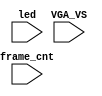
`timescale 1ns/1ps

module mist_dump(
    input           VGA_VS,
    input           led,
    input   [31:0]  frame_cnt
);

`ifdef DUMP
`ifndef NCVERILOG // iVerilog:
    initial begin
        // #(200*100*1000*1000);
        $display("iverilog: DUMP enabled");
        $dumpfile("test.lxt");
    end
    `ifdef LOADROM
    //always @(negedge led) if( $time > 20000 ) begin // led = downloading signal
    initial begin
        $display("iverilog: DUMP starts");
        $dumpvars(1,mist_test.UUT.u_game);
        $dumpvars(1,mist_test.UUT.u_game.u_dwnld);
        $dumpon;
    end
    `else
        `ifdef DUMP_START
        always @(negedge VGA_VS) if( frame_cnt==`DUMP_START ) begin
        `else
            initial begin
        `endif
            $display("DUMP starts");
            `ifdef DEEPDUMP
                $dumpvars(0,mist_test);
            `else
                $dumpvars(1,mist_test.UUT.u_game.u_main);
                $dumpvars(1,mist_test.UUT.u_game.u_sdram);
                $dumpvars(1,mist_test.UUT.u_game.u_sdram.u_dwnld);
                //$dumpvars(1,mist_test.UUT.u_game.u_sound);
                //$dumpvars(1,mist_test.UUT.u_game.u_video);
                $dumpvars(1,mist_test.frame_cnt);
            `endif
            $dumpon;
        end
    `endif
`else // NCVERILOG
    `ifdef DUMP_START
    always @(negedge VGA_VS) if( frame_cnt==`DUMP_START ) begin
    `else
    initial begin
    `endif
        $shm_open("test.shm");
        `ifdef DEEPDUMP
            $display("NC Verilog: will dump all signals");
            $shm_probe(mist_test,"AS");
        `else
            $display("NC Verilog: will dump selected signals");
            $shm_probe(frame_cnt);
            $shm_probe(UUT.u_game,"A");
            $shm_probe(UUT.u_game.u_main,"A");
            $shm_probe(UUT.u_game.u_sdram,"A");
            $shm_probe(UUT.u_game.u_sdram.u_dwnld,"A");
            // $shm_probe(UUT.u_game.u_sound,"A");
            // $shm_probe(UUT.u_game.u_video,"A");
        `endif
    end
`endif
`endif

endmodule // mist_dump